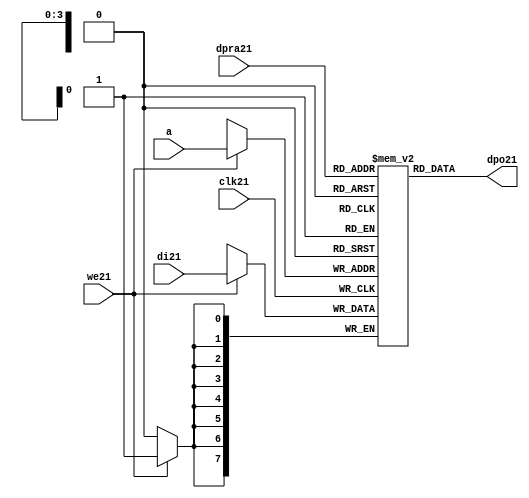
//////////////////////////////////////////////////////////////////////
////                                                              ////
////  raminfr21.v                                                   ////
////                                                              ////
////                                                              ////
////  This21 file is part of the "UART21 16550 compatible21" project21    ////
////  http21://www21.opencores21.org21/cores21/uart1655021/                   ////
////                                                              ////
////  Documentation21 related21 to this project21:                      ////
////  - http21://www21.opencores21.org21/cores21/uart1655021/                 ////
////                                                              ////
////  Projects21 compatibility21:                                     ////
////  - WISHBONE21                                                  ////
////  RS23221 Protocol21                                              ////
////  16550D uart21 (mostly21 supported)                              ////
////                                                              ////
////  Overview21 (main21 Features21):                                   ////
////  Inferrable21 Distributed21 RAM21 for FIFOs21                        ////
////                                                              ////
////  Known21 problems21 (limits21):                                    ////
////  None21                .                                       ////
////                                                              ////
////  To21 Do21:                                                      ////
////  Nothing so far21.                                             ////
////                                                              ////
////  Author21(s):                                                  ////
////      - gorban21@opencores21.org21                                  ////
////      - Jacob21 Gorban21                                          ////
////                                                              ////
////  Created21:        2002/07/22                                  ////
////  Last21 Updated21:   2002/07/22                                  ////
////                  (See log21 for the revision21 history21)          ////
////                                                              ////
////                                                              ////
//////////////////////////////////////////////////////////////////////
////                                                              ////
//// Copyright21 (C) 2000, 2001 Authors21                             ////
////                                                              ////
//// This21 source21 file may be used and distributed21 without         ////
//// restriction21 provided that this copyright21 statement21 is not    ////
//// removed from the file and that any derivative21 work21 contains21  ////
//// the original copyright21 notice21 and the associated disclaimer21. ////
////                                                              ////
//// This21 source21 file is free software21; you can redistribute21 it   ////
//// and/or modify it under the terms21 of the GNU21 Lesser21 General21   ////
//// Public21 License21 as published21 by the Free21 Software21 Foundation21; ////
//// either21 version21 2.1 of the License21, or (at your21 option) any   ////
//// later21 version21.                                               ////
////                                                              ////
//// This21 source21 is distributed21 in the hope21 that it will be       ////
//// useful21, but WITHOUT21 ANY21 WARRANTY21; without even21 the implied21   ////
//// warranty21 of MERCHANTABILITY21 or FITNESS21 FOR21 A PARTICULAR21      ////
//// PURPOSE21.  See the GNU21 Lesser21 General21 Public21 License21 for more ////
//// details21.                                                     ////
////                                                              ////
//// You should have received21 a copy of the GNU21 Lesser21 General21    ////
//// Public21 License21 along21 with this source21; if not, download21 it   ////
//// from http21://www21.opencores21.org21/lgpl21.shtml21                     ////
////                                                              ////
//////////////////////////////////////////////////////////////////////
//
// CVS21 Revision21 History21
//
// $Log: not supported by cvs2svn21 $
// Revision21 1.1  2002/07/22 23:02:23  gorban21
// Bug21 Fixes21:
//  * Possible21 loss of sync and bad21 reception21 of stop bit on slow21 baud21 rates21 fixed21.
//   Problem21 reported21 by Kenny21.Tung21.
//  * Bad (or lack21 of ) loopback21 handling21 fixed21. Reported21 by Cherry21 Withers21.
//
// Improvements21:
//  * Made21 FIFO's as general21 inferrable21 memory where possible21.
//  So21 on FPGA21 they should be inferred21 as RAM21 (Distributed21 RAM21 on Xilinx21).
//  This21 saves21 about21 1/3 of the Slice21 count and reduces21 P&R and synthesis21 times.
//
//  * Added21 optional21 baudrate21 output (baud_o21).
//  This21 is identical21 to BAUDOUT21* signal21 on 16550 chip21.
//  It outputs21 16xbit_clock_rate - the divided21 clock21.
//  It's disabled by default. Define21 UART_HAS_BAUDRATE_OUTPUT21 to use.
//

//Following21 is the Verilog21 code21 for a dual21-port RAM21 with asynchronous21 read. 
module raminfr21   
        (clk21, we21, a, dpra21, di21, dpo21); 

parameter addr_width21 = 4;
parameter data_width21 = 8;
parameter depth = 16;

input clk21;   
input we21;   
input  [addr_width21-1:0] a;   
input  [addr_width21-1:0] dpra21;   
input  [data_width21-1:0] di21;   
//output [data_width21-1:0] spo21;   
output [data_width21-1:0] dpo21;   
reg    [data_width21-1:0] ram21 [depth-1:0]; 

wire [data_width21-1:0] dpo21;
wire  [data_width21-1:0] di21;   
wire  [addr_width21-1:0] a;   
wire  [addr_width21-1:0] dpra21;   
 
  always @(posedge clk21) begin   
    if (we21)   
      ram21[a] <= di21;   
  end   
//  assign spo21 = ram21[a];   
  assign dpo21 = ram21[dpra21];   
endmodule